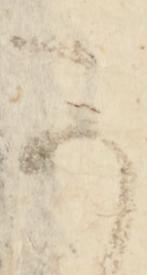
可